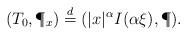
LaTeX: \begin{align*} (T_0, \P_x) \stackrel{d}{=} (|x|^{\alpha} I(\alpha \xi), \P).\end{align*}